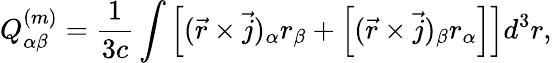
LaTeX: Q_{\alpha\beta}^{(m)}=\frac{1}{3c}\int\left[(\vec{r}\times\vec{j})_{\alpha}r_{\beta}+\left[(\vec{r}\times\vec{j})_{\beta}r_{\alpha}\right]\right]d^{3}r,